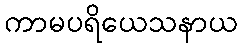
ကာမပရိယေသနာယ